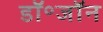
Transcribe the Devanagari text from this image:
डॉ॰जॉन